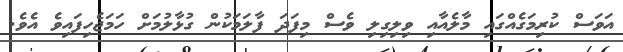
އަވަސް ކުރިމަގެއްގައި މާލެއާއި ވިލިގިލި ވެސް މިފަދަ ފާލަމަކުން ގުޅާލުމަށް ހަމަޖެހިފައިވެ އެވެ.